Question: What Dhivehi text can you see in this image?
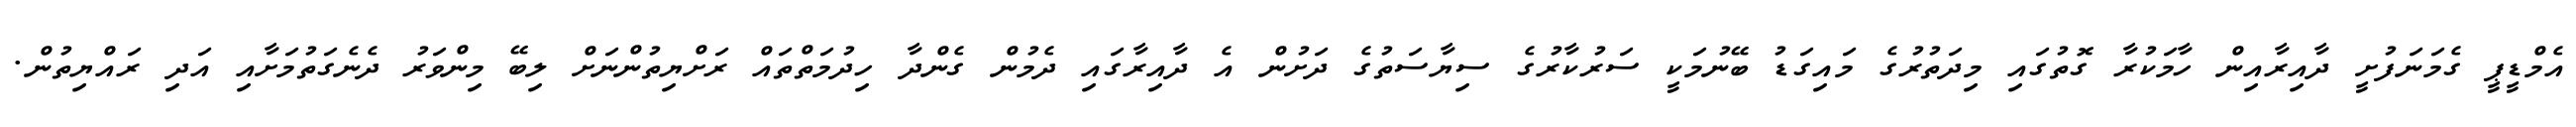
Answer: އެމްޑީޕީ ގެމަނަފުށީ ދާއިރާއިން ހާމަކުރާ ގޮތުގައި މިދަތުރުގެ މައިގަޑު ބޭނުމަކީ ސަރުކާރުގެ ސިޔާސަތުގެ ދަށުން އެ ދާއިރާގައި ދެމުން ގެންދާ ހިދުމަތްތައް ރަށްޔިތުންނަށް ލިބޭ މިންވަރު ދެނެގަތުމަށާއި އަދި ރައްޔިތުން.